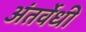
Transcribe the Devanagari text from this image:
अंतर्वेधी